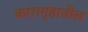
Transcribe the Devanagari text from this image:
कारागृहातील